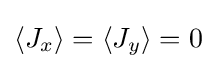
\langle J_{x}\rangle =\langle J_{y}\rangle =0